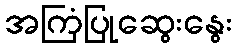
အကြံပြုဆွေးနွေး